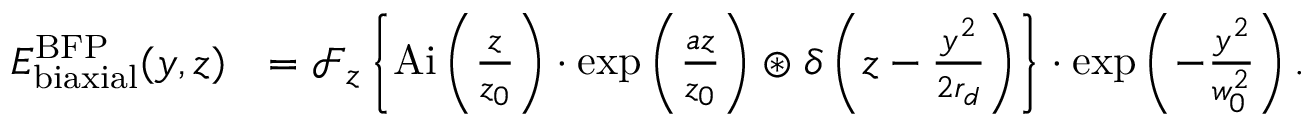
\begin{array} { r l } { E _ { \mathrm { b i a x i a l } } ^ { \mathrm { B F P } } ( y , z ) } & { = \ensuremath { \mathcal { F } } _ { z } \left\{ \ensuremath { \mathrm { A i } } \left( \frac { z } { z _ { 0 } } \right) \cdot \exp \left( \frac { a z } { z _ { 0 } } \right) \ensuremath { \circledast } \delta \left( z - \frac { y ^ { 2 } } { 2 r _ { d } } \right) \right\} \cdot \exp \left( - \frac { y ^ { 2 } } { w _ { 0 } ^ { 2 } } \right) . } \end{array}